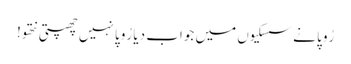
رُوپا نے سسکیوں میں جواب دیا رُوپا نہیں چھپتی نتھو!